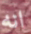
انه